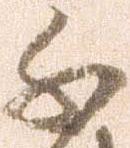
千